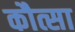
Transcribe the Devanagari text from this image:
कौत्सा